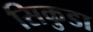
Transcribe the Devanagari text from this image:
सिकुडा